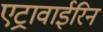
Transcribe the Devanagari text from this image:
एट्रावाईरिन